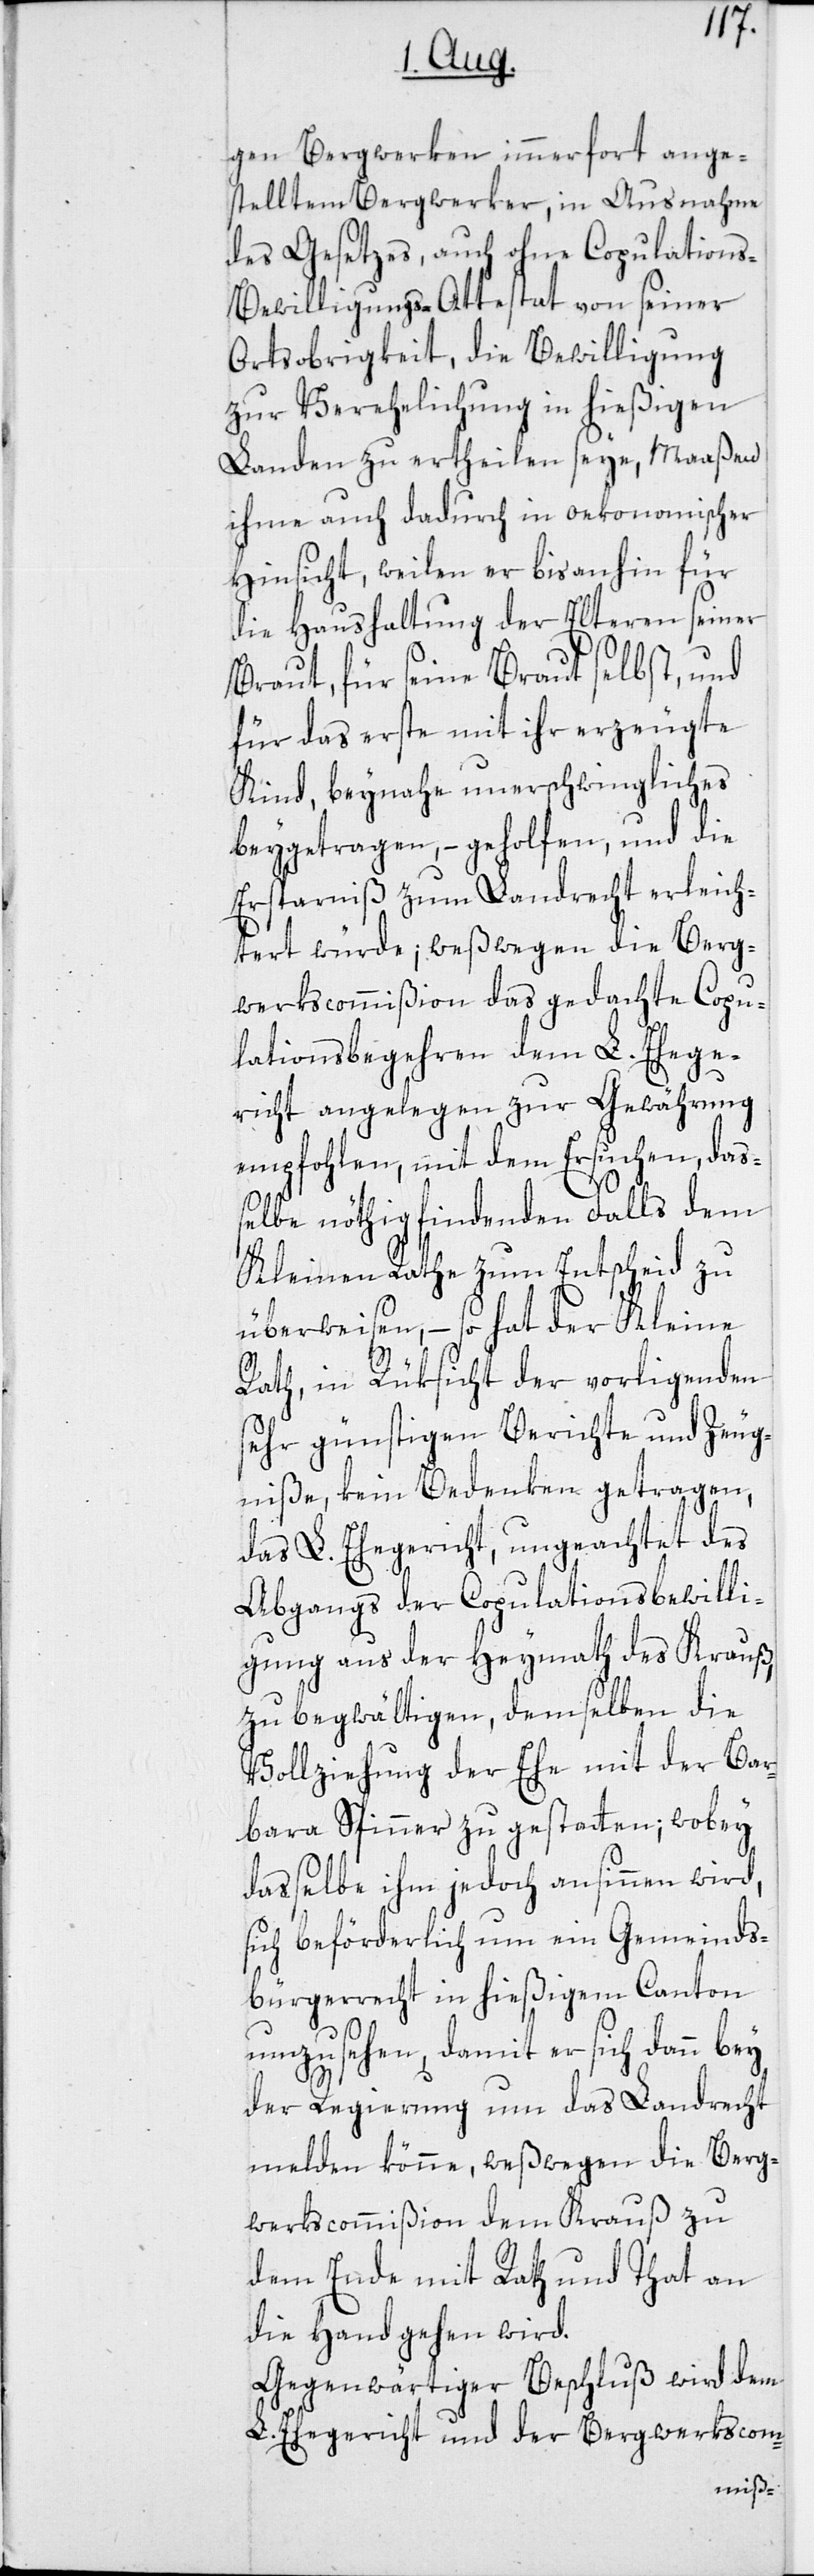
gen Bergwerken immerfort ange¬
stelltem Bergwerker, in Ausnahme
des Gesetzes, auch ohne Copulation¬
s-Bewilligungs-Attestat von seiner
Ortsobrigkeit, die Bewilligung
zur Verehelichung in hießigen
Landen zu ertheilen seye, Maaßen
ihme auch dadurch in oekonomischer
Hinsicht, weilen er bisanhin für
die Haushaltung der Elteren seiner
Braut, für seine Braut selbst, und
für das erste mit ihr erzeugte
Kind, beynahe unerschwingliches
beygetragen, – geholfen, und die
Ersparniß zum Landrecht erleich¬
tert würde; weßwegen die Berg¬
werkscommißion das gedachte Copu¬
lationsbegehren dem L. Ehege¬
richt angelegen zur Gewährung
empfohlen, mit dem Ersuchen, daß¬
elbe nöthig findenden Falls dem
Kleinen Rathe zum Entscheid zu
überweisen, – so hat der Kleine
Rath, in Rüksicht der vorligenden
sehr günstigen Berichte und Zeug¬
niße, kein Bedenken getragen,
das L. Ehegericht, ungeachtet des
Abgangs der Copulationsbewilli¬
gung aus der Heymath des Krauß,
zu begwältigen, demselben die
Vollziehung der Ehe mit der Bar¬
bara Spinner zu gestatten; wobey
dasselbe ihm jedoch ansinnen wird,
sich beförderlich um ein Gemeinds¬
bürgerrecht in hießigem Canton
umzusehen, damit er sich dann bey
der Regierung um das Landrecht
melden könne, weßwegen die Berg¬
werkscommißion dem Krauß zu
dem Ende mit Rath und That an
die Hand gehen wird.
Gegenwärtiger Beschluß wird dem
L. Ehegericht und der Bergwerkscom-